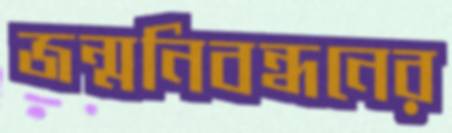
জন্মনিবন্ধনের